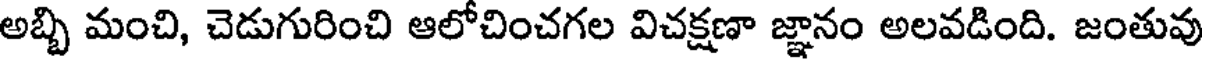
అబ్బి మంచి, చెడుగురించి ఆలోచించగల విచక్షణా జ్ఞానం అలవడింది. జంతువు